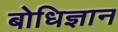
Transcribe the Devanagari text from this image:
बोधिज्ञान